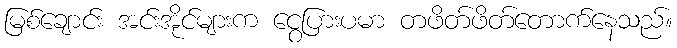
မြစ်ချောင်း အင်းအိုင်များက ငွေပြားပမာ တဖိတ်ဖိတ်တောက်နေသည်။